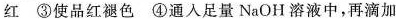
红③使品红褪色④通入足量NaOH溶液中，再滴加